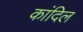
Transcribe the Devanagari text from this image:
कांदिल